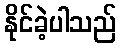
နိုင်ခဲ့ပါသည်